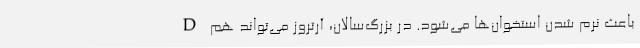
D باعث نرم شدن استخوان‌ها می‌شود. در بزرگ‌سالان، آرتروز می‌تواند هم